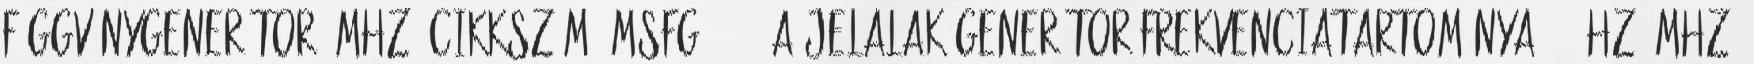
FÜGGVÉNYGENERÁTOR 4MHz .Cikkszám: MSFG-2004. A jelalak generátor frekvenciatartománya: 0,1Hz-4MHz.